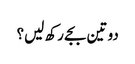
دو تین بجے رکھ لیں؟